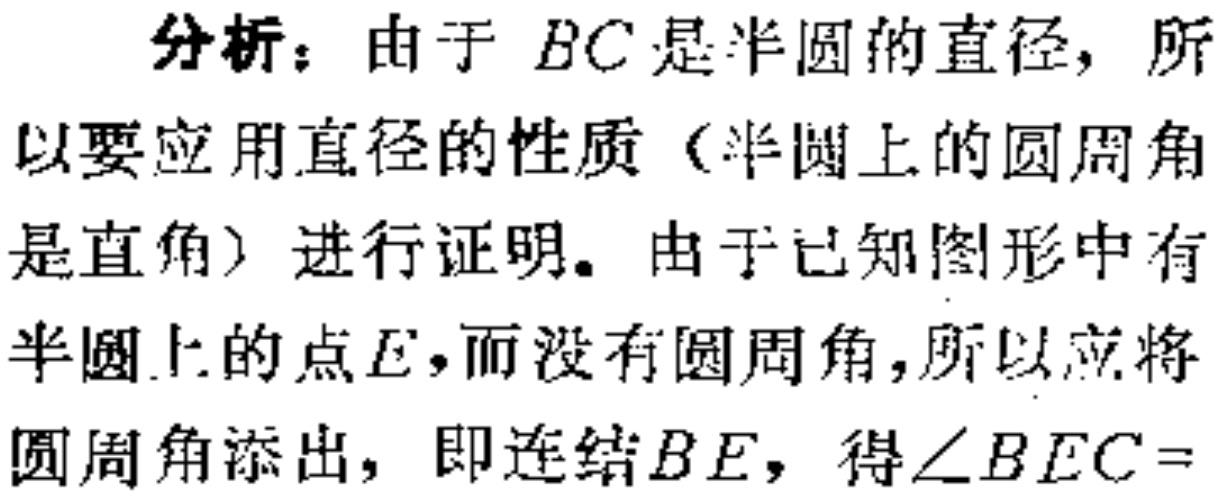
分析：由于 \(BC\)是半圆的直径，所以要应用直径的性质（半圆上的圆周角是直角）进行证明。由于已知图形中有半圆上的点\(E\)，而没有圆周角，所以应将圆周角添出，即连结\(BE\)，得\(\angle BEC =\)